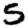
Digit: 5